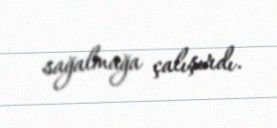
sağalmağa çalışırdı.